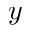
y